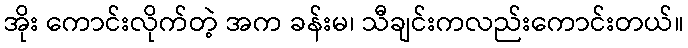
အိုး ကောင်းလိုက်တဲ့ အက ခန်းမ၊ သီချင်းကလည်းကောင်းတယ်။